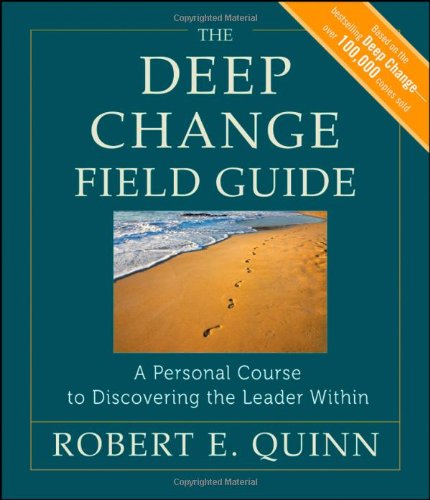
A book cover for The Deep Change Field Guide: A Personal Course to Discovering the Leader Within; Robert E. Quinn; Business & Money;